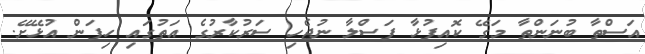
އަސްތާ ބުނަންތާ މަގޭ ކޮއިފުޅާ ފަސްލާ ނުޖެހި ސަރުކާރުގެ އަތުގައި ހިފަން އުޅޭށޭ.